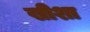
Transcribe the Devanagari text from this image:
खीशा